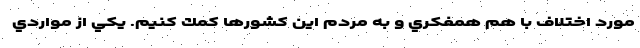
مورد اختلاف با هم همفكري و به مردم اين كشورها كمك كنيم. يكي از مواردي